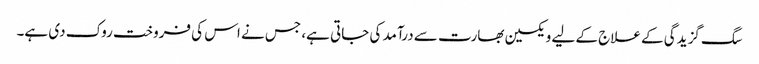
سگ گزیدگی کے علاج کے لیے ویکسین بھارت سے درآمد کی جاتی ہے، جس نے اس کی فروخت روک دی ہے۔